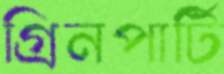
গ্রিনপার্টি